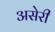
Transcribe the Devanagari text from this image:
असेरी